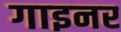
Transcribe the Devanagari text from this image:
गाइनर